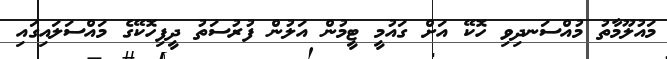
މައުލޫމާތު މުއްސަނދިވި ހޮކޭ އަށް ގައުމީ ޓީމުން އަލުން ފުރުސަތު ދީފިހޮކޭގެ މައްސަލައިގައި